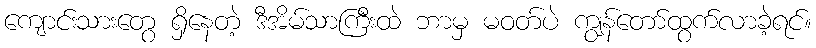
ကျောင်းသားတွေ ရှိနေတဲ့ ဒီအိမ်သာကြီးထဲ ဘာမှ မဝတ်ပဲ ကျွန်တော်ထွက်လာခဲ့ရင်။